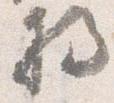
将